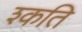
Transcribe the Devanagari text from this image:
श्कति